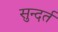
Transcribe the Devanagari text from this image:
सुन्दर्त